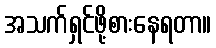
အသက်ရှင်ဖို့စားနေရတာ။